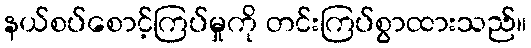
နယ်စပ်စောင့်ကြပ်မှုကို တင်းကြပ်စွာထားသည်။